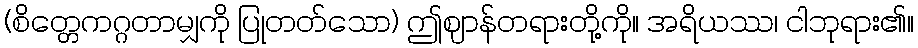
(စိတ္တေကဂ္ဂတာမျှကို ပြုတတ်သော) ဤဈာန်တရားတို့ကို။ အရိယဿ၊ ငါဘုရား၏။